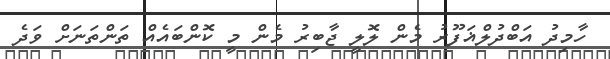
ހާމިދު އަބްދުލްޣަފޫރު މެން ލޮލީ ޖާބިރު މެން މީ ކޮންބައެއް ތަންތަނަށް ވަދެ